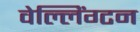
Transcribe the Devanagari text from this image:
वेल्लिंग्टन